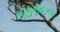
૧૭૭૬ના